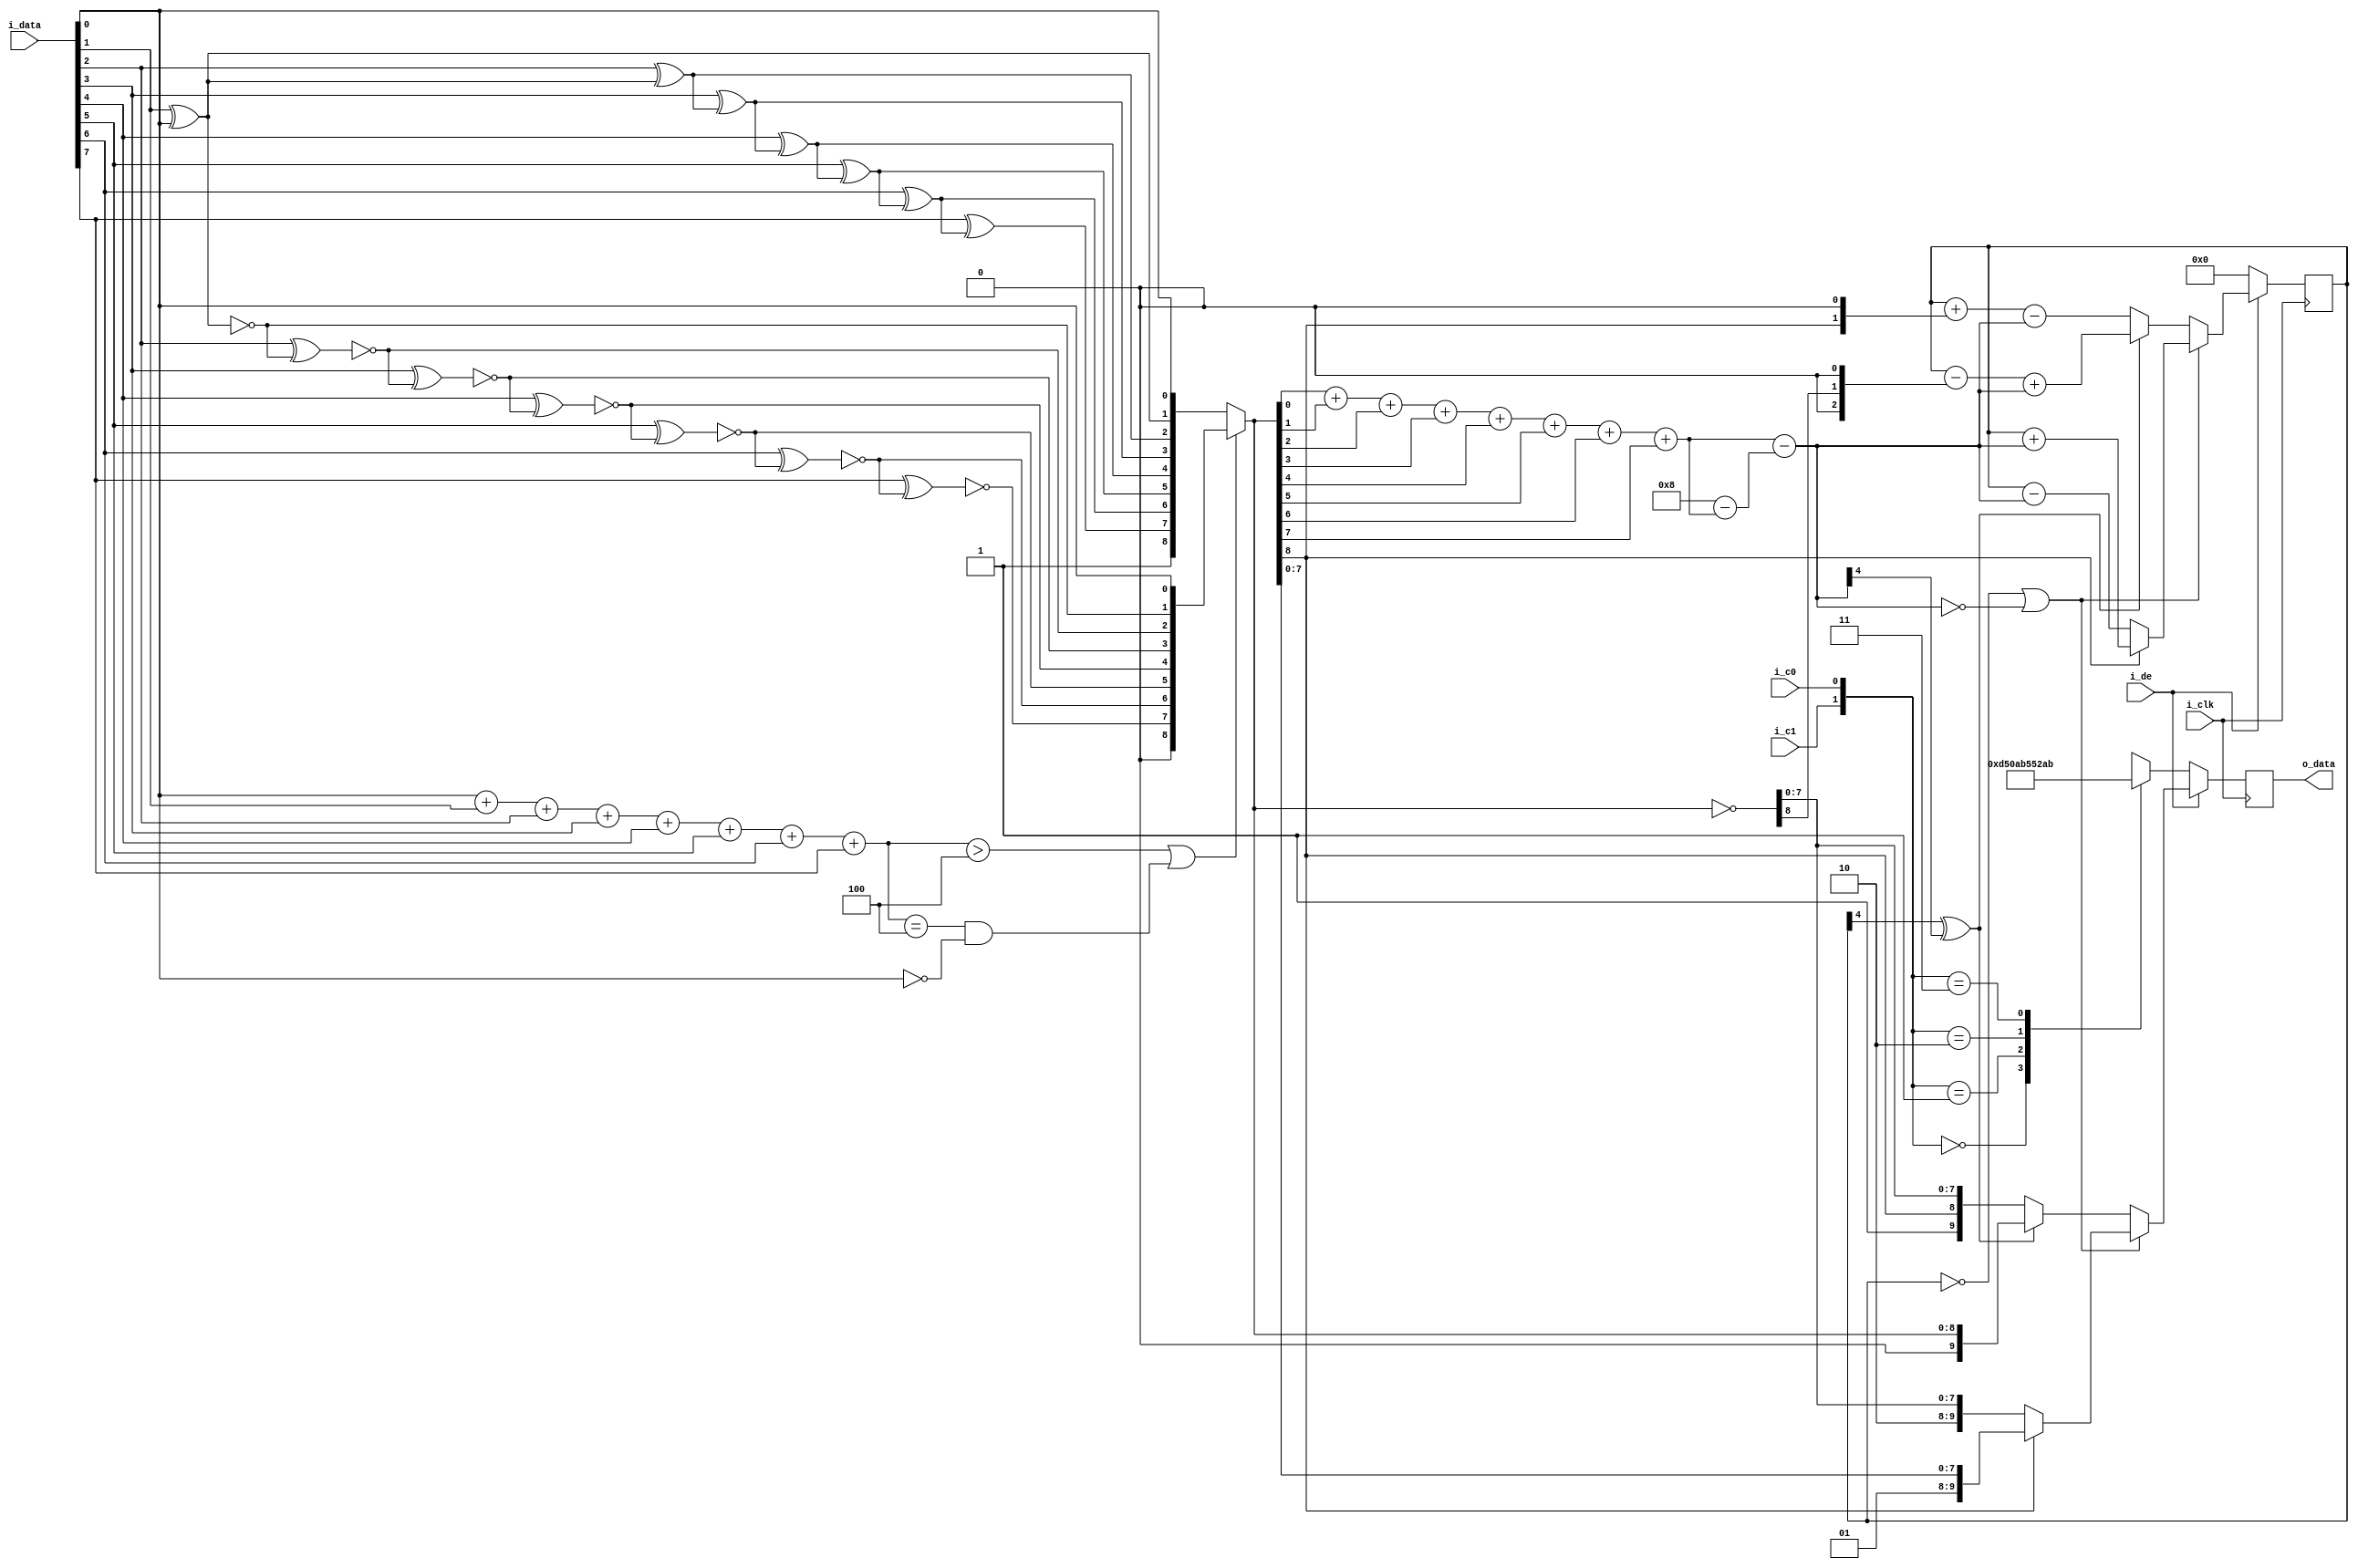
/*
 * tmds_encoder.v
 *
 * Copyright (C) 2020  Gwenhael Goavec-Merou <gwenhael.goavec-merou@trabucayre.com>
 * SPDX-License-Identifier: MIT
 */

module TMDS_encoder (
	input  wire       i_clk,
	input  wire [7:0] i_data,
	input  wire       i_c0,
	input  wire       i_c1,
	input  wire       i_de,
	output reg  [9:0] o_data
);

	/* generate xor and xnor representation */
	wire [8:0] dat_xor_s, dat_xnor_s;
	assign dat_xor_s[0] = i_data[0];
	assign dat_xnor_s[0] = i_data[0];
	genvar l_inst;
	generate
	for (l_inst = 1; l_inst < 8; l_inst = l_inst + 1) begin
		assign dat_xor_s[l_inst]  = i_data[l_inst] ^ dat_xor_s[l_inst-1];
		assign dat_xnor_s[l_inst] = ~(i_data[l_inst] ^ dat_xnor_s[l_inst-1]);
	end
	endgenerate
	assign dat_xor_s[8] = 1'b1;
	assign dat_xnor_s[8] = 1'b0;

	/* determine bit high count */
	wire [3:0] N1_in = i_data[0] + i_data[1] + i_data[2] + i_data[3] +
					i_data[4] + i_data[5] + i_data[6] + i_data[7];

	wire [8:0] q_m = (N1_in > 4 || (N1_in == 4 && i_data[0] == 0))?dat_xnor_s : dat_xor_s;
	wire [8:0] q_m_n = ~q_m;

	wire signed [4:0] N1 = {4'b0,q_m[0]} + {4'b0,q_m[1]}
			+ {4'b0,q_m[2]} + {4'b0,q_m[3]} + {4'b0,q_m[4]}
			+ {4'b0,q_m[5]} + {4'b0,q_m[6]} + {4'b0,q_m[7]};

	wire signed [4:0] N0 = 5'b01000 - N1;
	wire signed [4:0] disparity = N1 - N0;

	reg signed [4:0] cntTm;
	always @(posedge i_clk) begin
		if (cntTm == 5'b0 || disparity == 5'b0) begin
			if (q_m[8] == 1'b1) begin
				o_data <= {2'b01, q_m[7:0]};
				cntTm <= cntTm + disparity;
			end else begin
				o_data <= {2'b10, q_m_n[7:0]};
				cntTm <= cntTm - disparity;
			end
		end else if (cntTm[4] ^ disparity[4]) begin
			o_data <= {1'b0, q_m};
			cntTm <= cntTm - $signed({3'b0, q_m_n[8], 1'b0})
					+ disparity;
		end else begin
			o_data <= {1'b1, q_m[8], q_m_n[7:0]};
			cntTm <= cntTm + {3'b0, q_m[8], 1'b0}
					- disparity;
		end
		if (!i_de) begin
			case ({i_c1,i_c0})
			2'b00:
				o_data <= 10'b1101010100; // 0x354
			2'b01:
				o_data <= 10'b0010101011; // 0x0AB
			2'b10:
				o_data <= 10'b0101010100; // 0x154
			2'b11:
				o_data <= 10'b1010101011; // 0x2AB
			endcase
			cntTm <= 5'b0;
		end
	end
endmodule